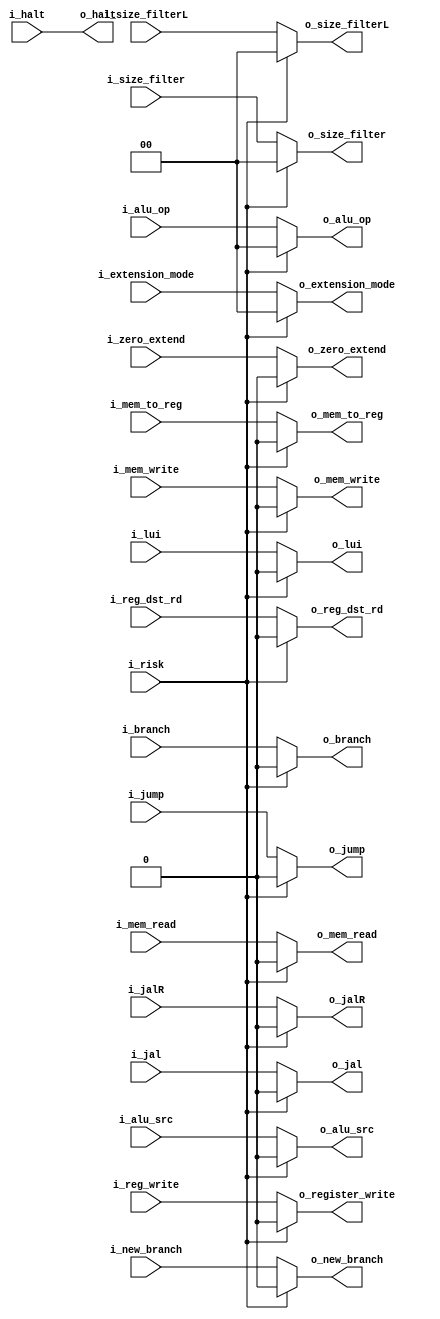
`timescale 1ns / 1ps
module mux_unit_risk
    (
        //Unidad de Riesgos
        input   wire                           i_risk,
        //Unidad de Control
        input  wire                            i_reg_dst_rd,
        input  wire                            i_jump,
        input  wire                            i_jal,
        input  wire                            i_branch,
        input  wire                            i_new_branch,
        input  wire                            i_mem_read,
        input  wire                            i_mem_to_reg,
        input  wire    [1:0]                   i_alu_op,
        input  wire                            i_mem_write,
        input  wire                            i_alu_src,
        input  wire                            i_reg_write,
        input  wire    [1:0]                   i_extension_mode,
        input  wire    [1:0]                   i_size_filter,
        input  wire    [1:0]                   i_size_filterL,
        input  wire                            i_zero_extend,
        input  wire                            i_lui,
        input  wire                            i_jalR,
        input  wire                            i_halt,

        output  wire                            o_reg_dst_rd,
        output  wire                            o_jump,
        output  wire                            o_jal,
        output  wire                            o_branch,
        output  wire                            o_new_branch,
        output  wire                            o_mem_read,
        output  wire                            o_mem_to_reg,
        output  wire    [1:0]                   o_alu_op,
        output  wire                            o_mem_write,
        output  wire                            o_alu_src ,
        output  wire                            o_register_write,
        output  wire    [1:0]                   o_extension_mode,
        output  wire    [1:0]                   o_size_filter,
        output  wire    [1:0]                   o_size_filterL,
        output  wire                            o_zero_extend,
        output  wire                            o_lui,
        output  wire                            o_jalR,
        output  wire                            o_halt
    );

        reg           reg_dst_rd;
        reg           reg_jump;
        reg           reg_jal;
        reg           reg_branch;
        reg           reg_new_branch;
        reg           reg_mem_read;
        reg           reg_mem_to_reg;
        reg    [1:0]  reg_alu_op;
        reg           reg_mem_write;
        reg           reg_alu_src;
        reg           reg_register_write;
        reg    [1:0]  reg_extension_mode;
        reg    [1:0]  reg_size_filter;
        reg    [1:0]  reg_size_filterL;
        reg           reg_zero_extend;
        reg           reg_lui;
        reg           reg_jalR;


        always @(*)
        begin
            if(i_risk)
                begin
                    reg_dst_rd              <=      1'b0;
                    reg_jump                <=      1'b0;
                    reg_jal                 <=      1'b0;
                    reg_branch              <=      1'b0;
                    reg_new_branch          <=      1'b0;
                    reg_mem_read            <=      1'b0;
                    reg_mem_to_reg          <=      1'b0;
                    reg_alu_op              <=      1'b0;
                    reg_mem_write           <=      1'b0;
                    reg_alu_src             <=      1'b0;
                    reg_register_write      <=      1'b0;
                    reg_extension_mode      <=      1'b0;
                    reg_size_filter         <=      1'b0;
                    reg_size_filterL        <=      1'b0;
                    reg_zero_extend         <=      1'b0;
                    reg_lui                 <=      1'b0;
                    reg_jalR                <=      1'b0;
                end
            else
                begin
                    reg_dst_rd              <=      i_reg_dst_rd;
                    reg_jump                <=      i_jump;
                    reg_jal                 <=      i_jal;
                    reg_branch              <=      i_branch;
                    reg_new_branch          <=      i_new_branch;
                    reg_mem_read            <=      i_mem_read;
                    reg_mem_to_reg          <=      i_mem_to_reg;
                    reg_alu_op              <=      i_alu_op;
                    reg_mem_write           <=      i_mem_write;
                    reg_alu_src             <=      i_alu_src;
                    reg_register_write      <=      i_reg_write;
                    reg_extension_mode      <=      i_extension_mode;
                    reg_size_filter         <=      i_size_filter;
                    reg_size_filterL        <=      i_size_filterL;
                    reg_zero_extend         <=      i_zero_extend;
                    reg_lui                 <=      i_lui;
                    reg_jalR                <=      i_jalR;
                end
          end

        assign o_reg_dst_rd     = reg_dst_rd;
        assign o_jump           = reg_jump;
        assign o_jal            = reg_jal;
        assign o_branch         = reg_branch;
        assign o_new_branch     = reg_new_branch;
        assign o_mem_read       = reg_mem_read;
        assign o_mem_to_reg     = reg_mem_to_reg;
        assign o_alu_op         = reg_alu_op;
        assign o_mem_write      = reg_mem_write;
        assign o_alu_src        = reg_alu_src;
        assign o_register_write = reg_register_write;
        assign o_extension_mode = reg_extension_mode;
        assign o_size_filter    = reg_size_filter;
        assign o_size_filterL   = reg_size_filterL;
        assign o_zero_extend    = reg_zero_extend;
        assign o_lui            = reg_lui;
        assign o_jalR           = reg_jalR;
        assign o_halt           = i_halt;
endmodule